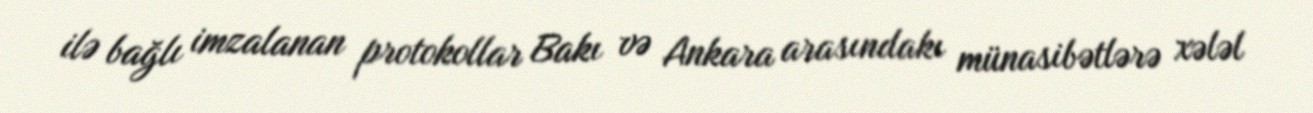
ilə bağlı imzalanan protokollar Bakı və Ankara arasındakı münasibətlərə xələl